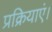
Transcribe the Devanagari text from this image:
प्रक्रियाएं।